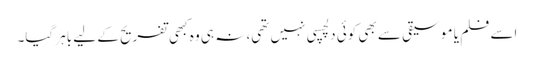
اسے فلم یا موسیقی سے بھی کوئی دلچسپی نہیں تھی، نہ ہی وہ کبھی تفریح کے لیے باہر گیا۔